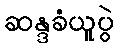
ဆန္ဒခံယူပွဲ